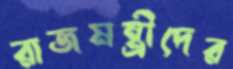
রাজমন্ত্রীদের